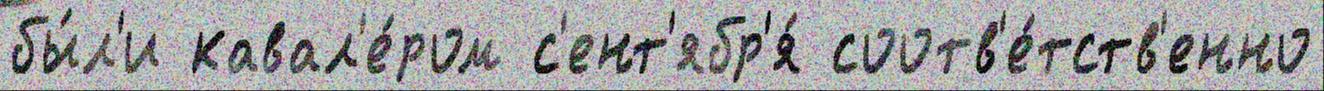
бы́л'и кавал'е́ром с'ент'ябр'я́ соотв'е́тств'енно